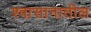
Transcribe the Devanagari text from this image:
श्वासानातील